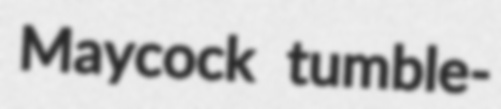
Maycock tumble-